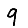
Digit: 9